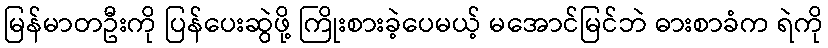
မြန်မာတဦးကို ပြန်ပေးဆွဲဖို့ ကြိုးစားခဲ့ပေမယ့် မအောင်မြင်ဘဲ ဓားစာခံက ရဲကို